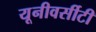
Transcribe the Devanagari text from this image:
यूनीवर्सीटी